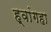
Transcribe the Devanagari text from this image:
ह्वांगहा